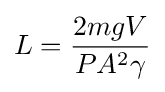
L={\frac {2mgV}{PA^{2}\gamma }}